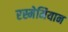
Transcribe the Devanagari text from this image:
रस्मेमियान